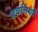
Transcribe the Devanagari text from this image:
प्रवत्तियों